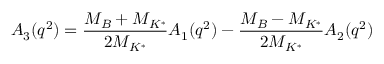
A _ { 3 } ( q ^ { 2 } ) = { \frac { M _ { B } + M _ { K ^ { * } } } { 2 M _ { K ^ { * } } } } A _ { 1 } ( q ^ { 2 } ) - { \frac { M _ { B } - M _ { K ^ { * } } } { 2 M _ { K ^ { * } } } } A _ { 2 } ( q ^ { 2 } )